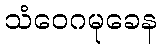
သံဝေဂမုခေန